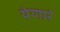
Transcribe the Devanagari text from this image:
येणारं